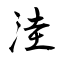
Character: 洼